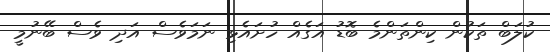
ކުލަބް ތަކުން ކިންތަންމެ ބޮޑު އަގެއް ހުށައެޅި ނަމަވެސް އަދި ވެސް ބޭނުމީ